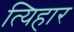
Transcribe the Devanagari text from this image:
त्यिहार